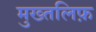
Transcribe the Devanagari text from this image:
मुख्तलिफ़